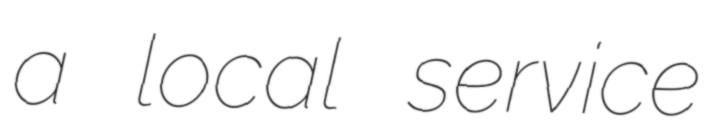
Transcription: a local service